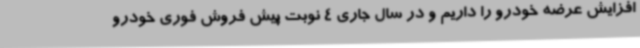
افزایش عرضه خودرو را داریم و در سال جاری 4 نوبت پیش فروش فوری خودرو